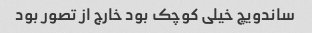
ساندویچ خیلی کوچک بود خارج از تصور بود